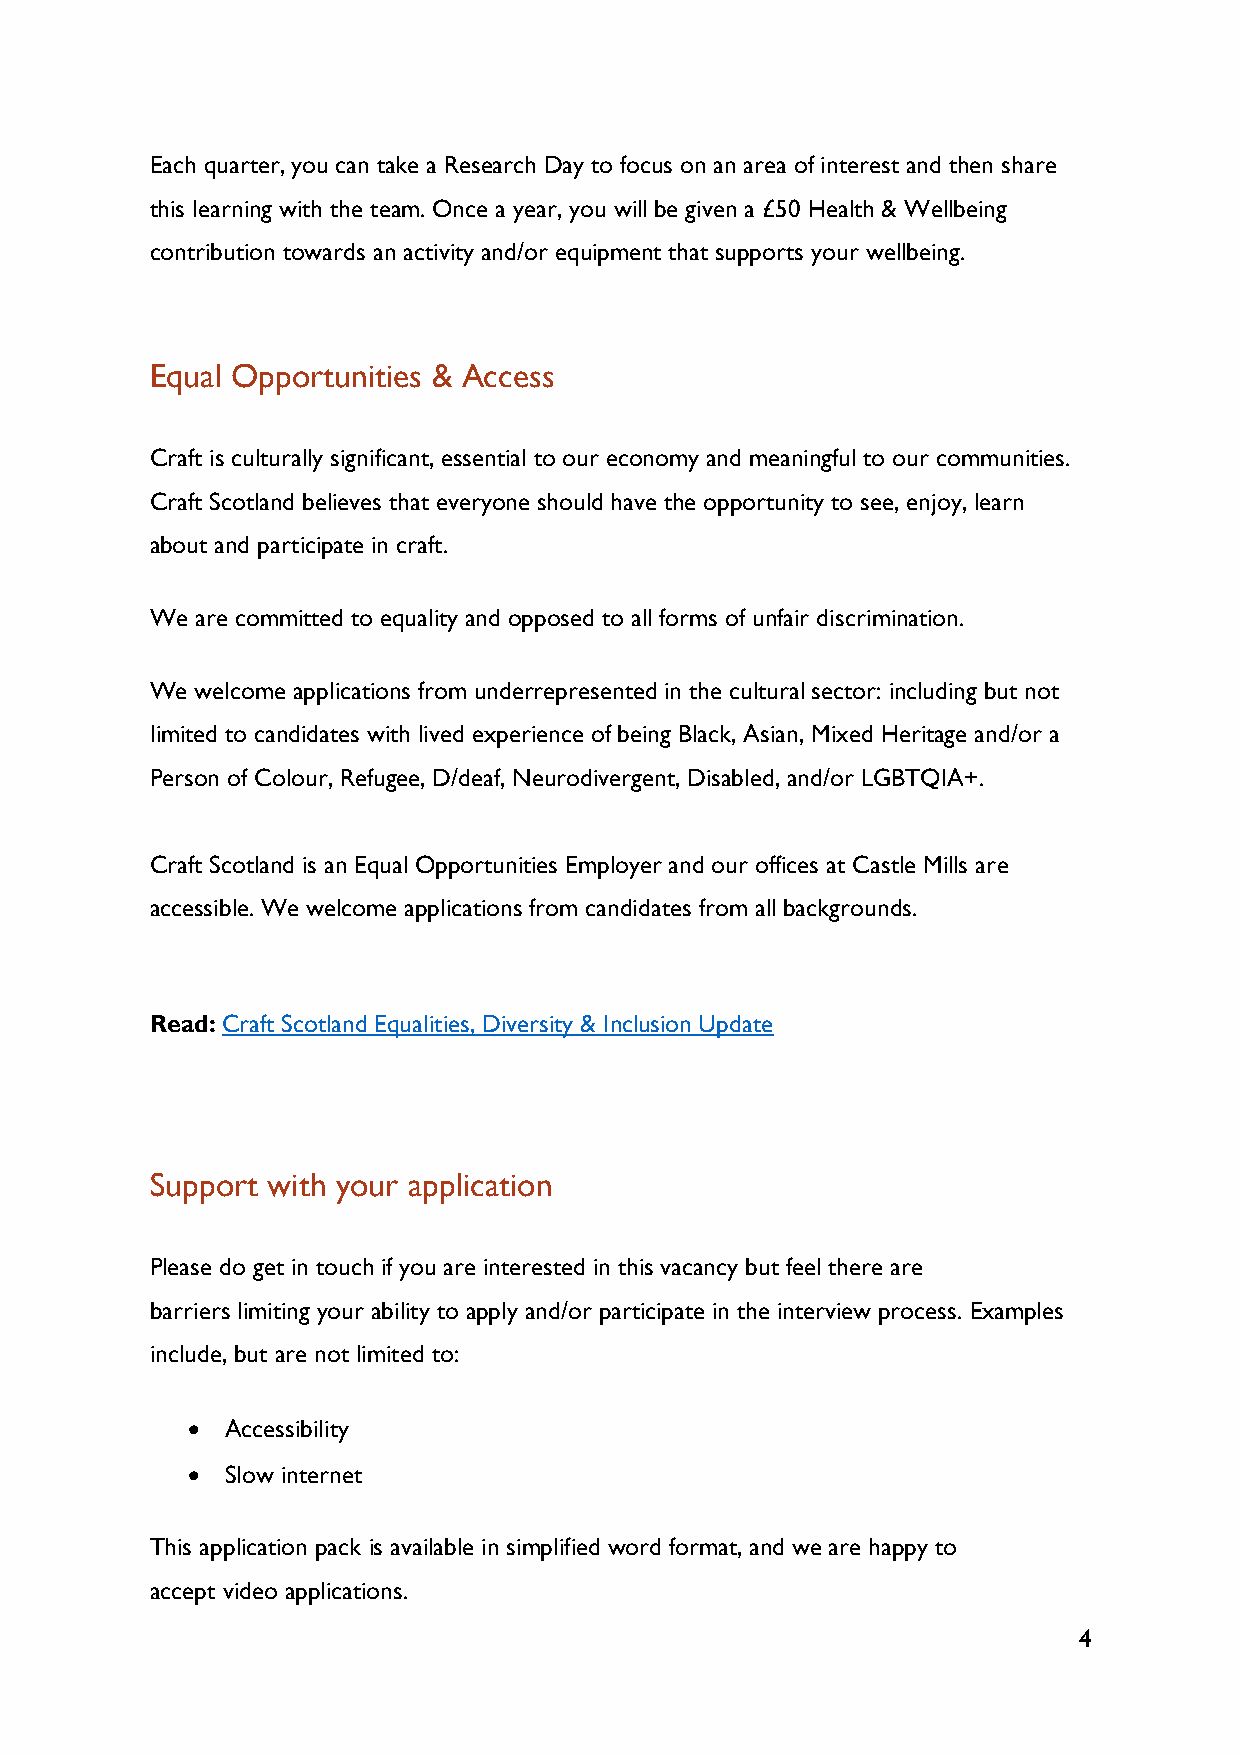
Each quarter, you can take a Research Day to focus on an area of interest and then share
 this learning with the team. Once a year, you will be given a £50 Health & Wellbeing
 contribution towards an activity and/or equipment that supports your wellbeing.
 Equal Opportunities & Access
 Craft is culturally significant, essential to our economy and meaningful to our communities.
 Craft Scotland believes that everyone should have the opportunity to see, enjoy, learn
 about and participate in craft.
 We are committed to equality and opposed to all forms of unfair discrimination.
 We welcome applications from underrepresented in the cultural sector: including but not
 limited to candidates with lived experience of being Black, Asian, Mixed Heritage and/or a
 Person of Colour, Refugee, D/deaf, Neurodivergent, Disabled, and/or LGBTQIA+.
 Craft Scotland is an Equal Opportunities Employer and our offices at Castle Mills are
 accessible. We welcome applications from candidates from all backgrounds.
 Read: Craft Scotland Equalities, Diversity & Inclusion Update
 Support with your application
 Please do get in touch if you are interested in this vacancy but feel there are
 barriers limiting your ability to apply and/or participate in the interview process. Examples
 include, but are not limited to:
 •  Accessibility
 •  Slow internet
 This application pack is available in simplified word format, and we are happy to
 accept video applications.
 4